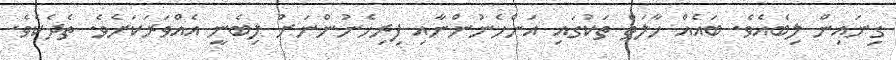
ގިނައިން ލިބެއެވެ. ބައެއް ހާލަތް ތަކުގައި އަންހެނުންނާއި ފިރިހެނުންނަށް ލިބެނީ އެއްވަރަކަށެވެ. ތެދެކެވެ.